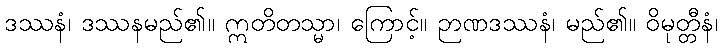
ဒဿနံ၊ ဒဿနမည်၏။ ဣတိတသ္မာ၊ ကြောင့်။ ဉာဏဒဿနံ၊ မည်၏။ ဝိမုတ္တီနံ၊